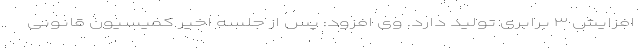
افزایش ۳ برابری تولید دارد. وی افزود: پس از جلسه اخیر کمیسیون قانونی